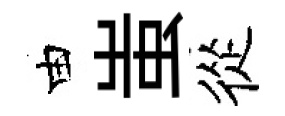
由蚩從